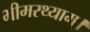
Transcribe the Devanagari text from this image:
भीमरथ्याम्।